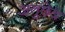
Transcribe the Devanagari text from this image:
अतुछेद